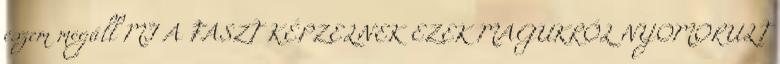
eszem megáll MI A FASZT KÉPZELNEK EZEK MAGUKRÓL NYOMORULT